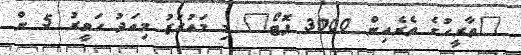
"ތާރީހުގެ ތެރެއިން 3000 ފޮޓޯ" މި މައުރަޒު މިއަދު ހަވީރު 5 ން